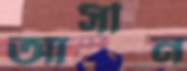
আসীন